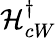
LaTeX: \mathcal{H}_{cW}^{\dagger}